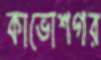
কাভোশগর